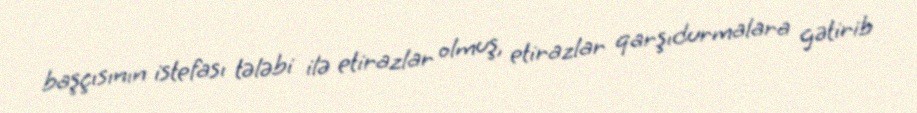
başçısının istefası tələbi ilə etirazlar olmuş, etirazlar qarşıdurmalara gətirib